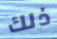
ذلك